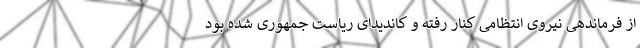
از فرماندهی نیروی انتظامی کنار رفته و کاندیدای ریاست جمهوری شده بود